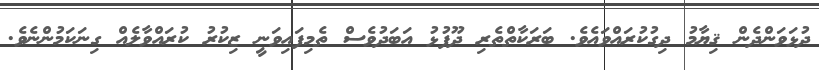
ދުޅަވަންދެން ޤިޔާމު ދިގުކުރައްވައެވެ. ބަރަކާތްތެރި ދޫފުޅު އަބަދުވެސް ތެމިފައިވަނީ ޒިކުރު ކުރައްވާލެއް ގިނަކަމުންނެވެ.